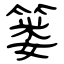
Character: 篓